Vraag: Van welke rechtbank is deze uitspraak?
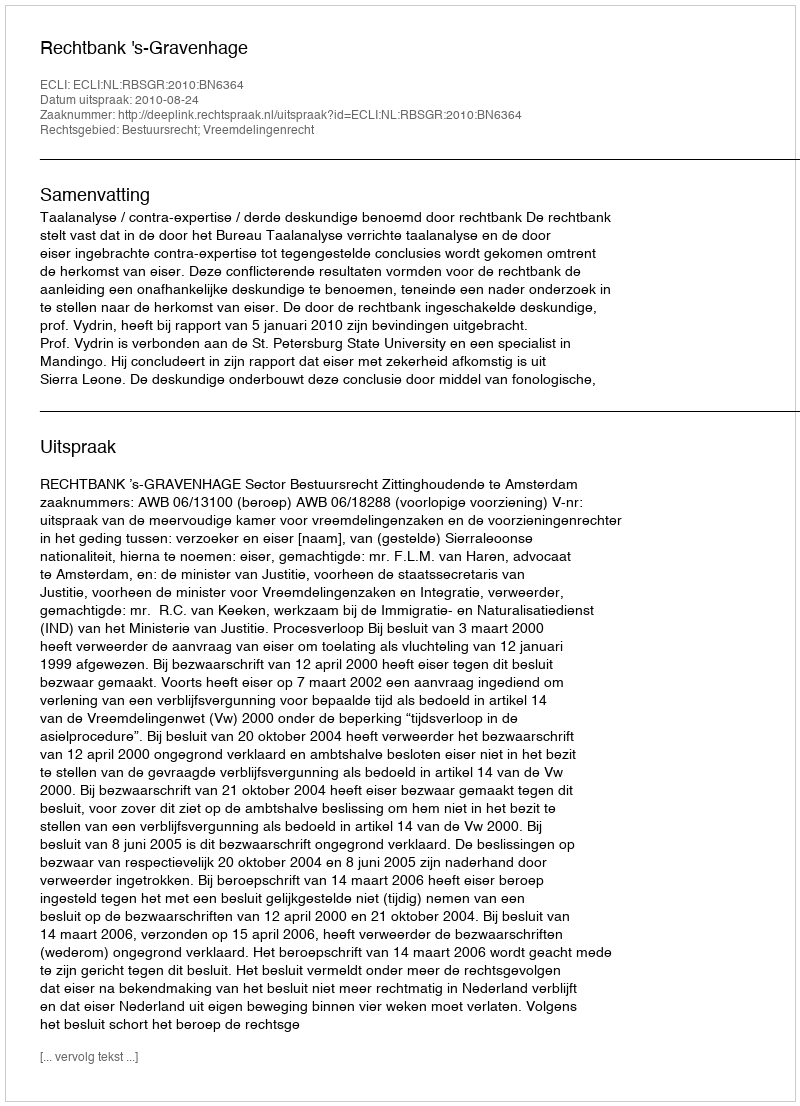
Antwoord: Rechtbank 's-Gravenhage